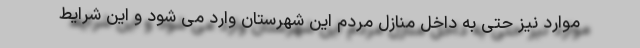
موارد نیز حتی به داخل منازل مردم این شهرستان وارد می شود و این شرایط